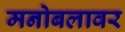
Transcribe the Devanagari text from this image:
मनोबलावर